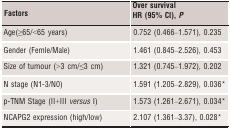
<table><thead><tr><td rowspan="2"><b>Factors</b></td><td><b>Over survival</b></td></tr><tr><td><b>HR (95% CI), <i>P</i></b></td></tr></thead><tbody><tr><td>Age(≥65/&lt;65 years)</td><td>0.752 (0.466–1.571), 0.235</td></tr><tr><td>Gender (Femle/Male)</td><td>1.461 (0.845–2.526), 0.453</td></tr><tr><td>Size of tumour (&gt;3 cm/≤3 cm)</td><td>1.321 (0.745–1.972), 0.202</td></tr><tr><td>N stage (N1‐3/N0)</td><td>1.591 (1.205–2.829), 0.036a</td></tr><tr><td>p‐TNM Stage (II+III <i>versus</i> I)</td><td>1.573 (1.261–2.671), 0.034a</td></tr><tr><td>NCAPG2 expression (high/low)</td><td>2.107 (1.361–3.37), 0.028a</td></tr></tbody></table>